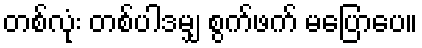
တစ်လုံး တစ်ပါဒမျှ စွက်ဖက် မပြောပေ။